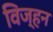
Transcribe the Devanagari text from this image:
विज्हन